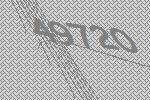
49720